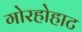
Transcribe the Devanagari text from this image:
गोरहोहाट